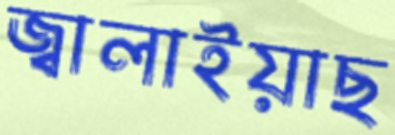
জ্বালাইয়াছ